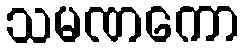
သမဏကော